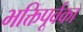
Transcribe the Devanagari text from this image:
भक्तिपूर्वका